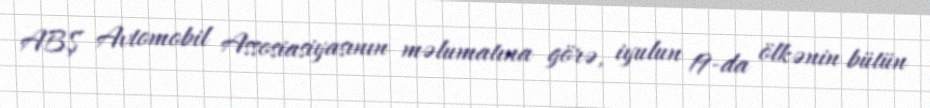
ABŞ Avtomobil Assosiasiyasının məlumatına görə, iyulun 19-da ölkənin bütün